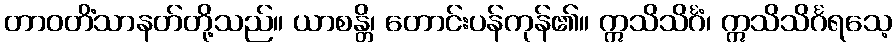
တာဝတိံသာနတ်တို့သည်။ ယာစန္တိ၊ တောင်းပန်ကုန်၏။ ဣသိသိင်္ဂံ၊ ဣသိသိင်္ဂရသေ့